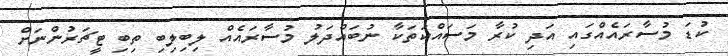
ކުޑަ މުސާރައެއްގައި އަދި ކުރާ މަސައްކަތަކާ ނުބައްދަލު މުސާރައެއް ލިބިލިބި ތިބި ޓީޗަރުންނަށް